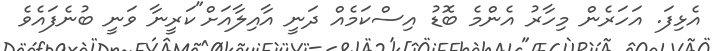
އެޅިފަ. އަހަރެން މިހާރު އެންމެ ބޮޑު އިސްކަމެއް ދަނީ އާއިލާއަށް"ކަރީނާ ވަނީ ބުނެފައެވެ